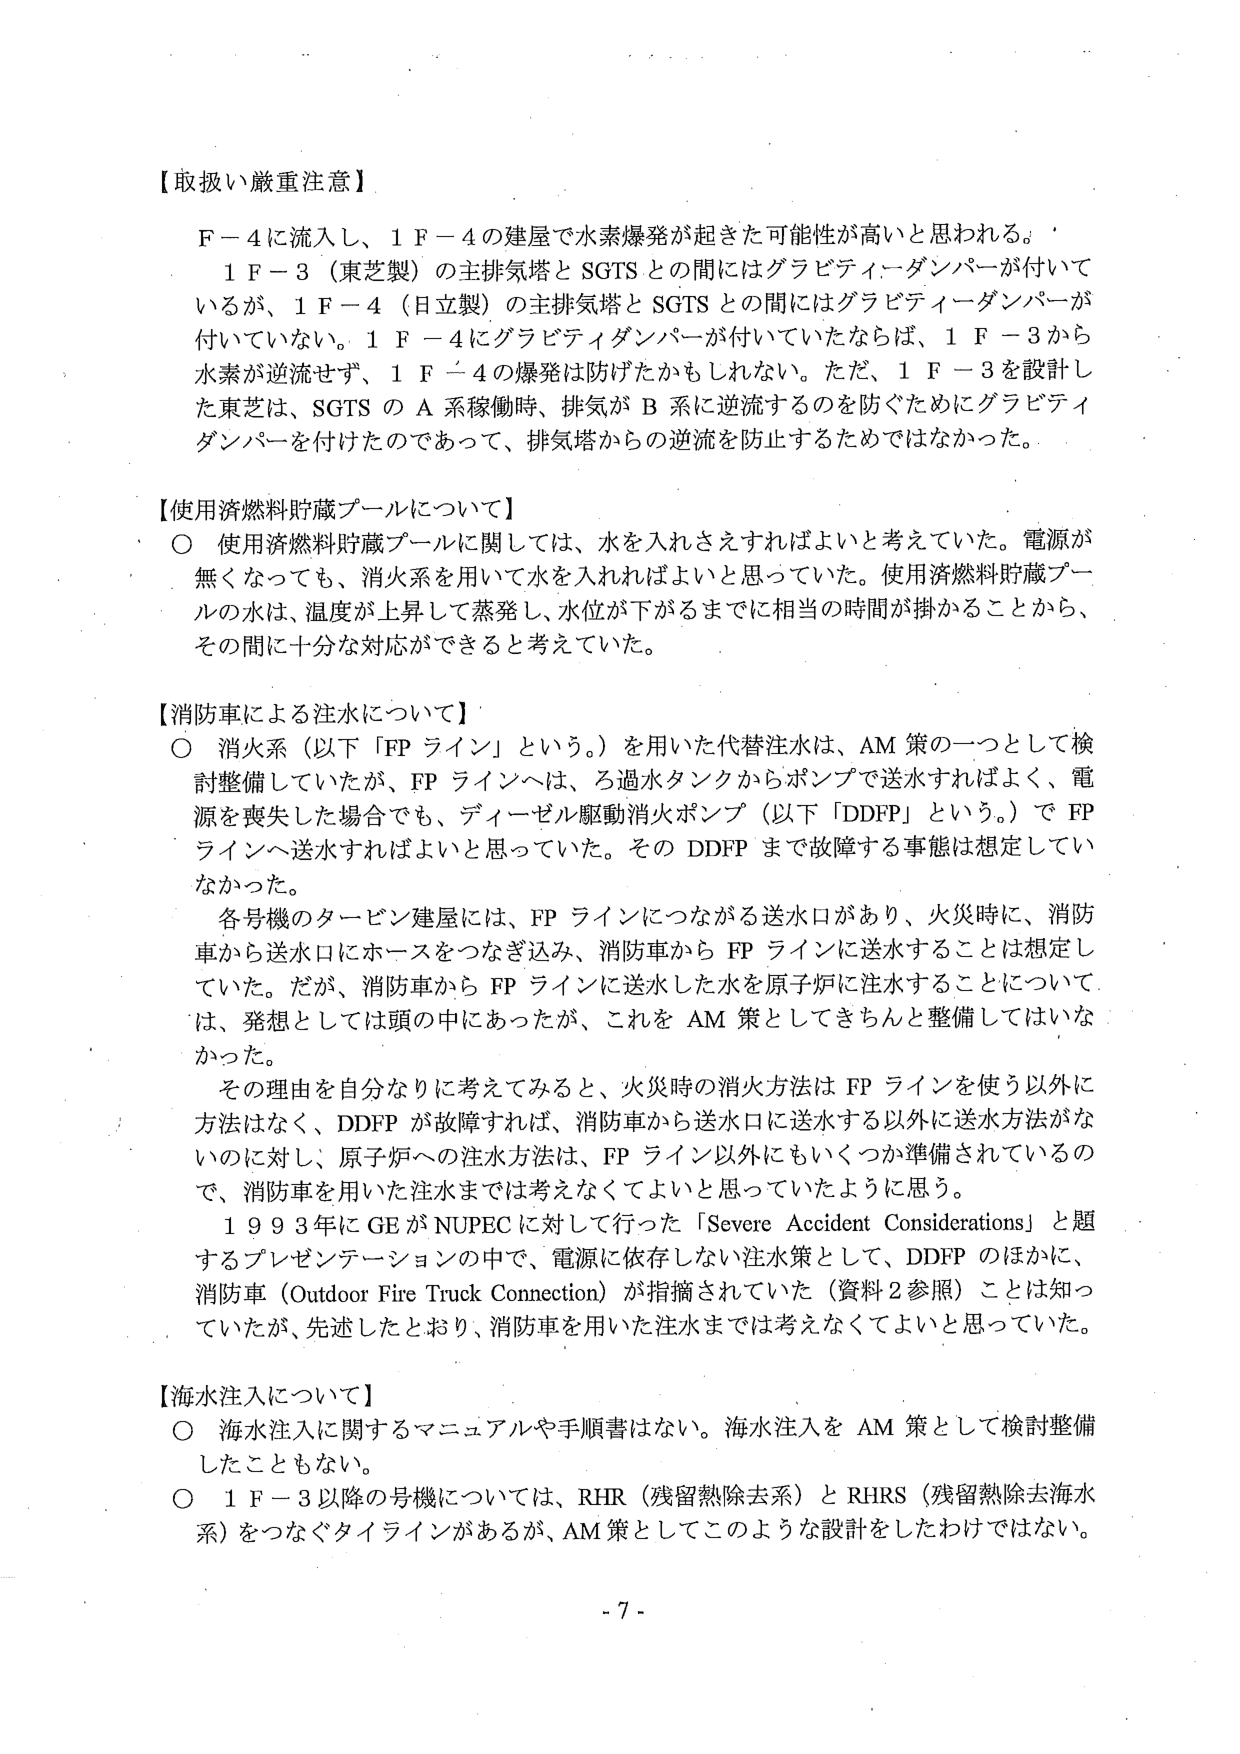
【取扱い厳重注意】
F－4に流入し、1F－4の建屋で水素爆発が起きた可能性が高いと思われる。
1F－3（東芝製）の主排気塔とSGTSとの間にはグラビティダンパーが付いて
いるが、1F－4（日立製）の主排気塔とSGTSとの間にはグラビティダンパーが
付いていない。1F－4にグラビティダンパーが付いていたならば、1F－3から
水素が逆流せず、1F－4の爆発は防げたかもしれない。ただ、1F－3を設計し
た東芝は、SGTSのA系稼働時、排気がB系に逆流するのを防ぐためにグラビティ
ダンパーを付けたのであって、排気塔からの逆流を防止するためではなかった。

【使用済燃料貯蔵プールについて】
○ 使用済燃料貯蔵プールに関しては、水を入れさえすればよいと考えていた。電源が
無くなっても、消火系を用いて水を入れればよいと思っていた。使用済燃料貯蔵プー
ルの水は、温度が上昇して蒸発し、水位が下がるまでに相当の時間が掛かることから、
その間に十分な対応ができると考えていた。

【消防車による注水について】
○ 消火系（以下「FPライン」という。）を用いた代替注水は、AM策の一つとして検
討整備していたが、FPラインへは、ろ過水タンクからポンプで送水すればよく、電
源を喪失した場合でも、ディーゼル駆動消火ポンプ（以下「DDFP」という。）でFP
ラインへ送水すればよいと思っていた。そのDDFPまで故障する事態は想定してい
なかった。
各号機のタービン建屋には、FPラインにつながる送水口があり、火災時に、消防
車から送水口にホースをつなぎ込み、消防車からFPラインに送水することは想定し
ていた。だが、消防車からFPラインに送水した水を原子炉に注水することについて
は、発想としては頭の中にあったが、これをAM策としてきちんと整備してはいな
かった。
その理由を自分なりに考えてみると、火災時の消火方法はFPラインを使う以外に
方法はなく、DDFPが故障すれば、消防車から送水口に送水する以外に送水方法がな
いのに対し、原子炉への注水方法は、FPライン以外にもいくつか準備されているの
で、消防車を用いた注水までは考えなくてよいと思っていたように思う。
1993年にGEがNUPECに対して行った「Severe Accident Considerations」と題
するプレゼンテーションの中で、電源に依存しない注水策として、DDFPのほかに、
消防車（Outdoor Fire Truck Connection）が指摘されていた（資料2参照）ことは知っ
ていたが、先述したとおり、消防車を用いた注水までは考えなくてよいと思っていた。

【海水注入について】
○ 海水注入に関するマニュアルや手順書はない。海水注入をAM策として検討整備
したこともない。
○ 1F－3以降の号機については、RHR（残留熱除去系）とRHRS（残留熱除去海水
系）をつなぐタイラインがあるが、AM策としてこのような設計をしたわけではない。

- 7 -